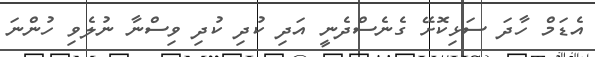
އެޑަމް ހާދަ ސަޅިކޮށޭ ގެނެސްދެނީ އަދި ކުދި ކުދި ވިސްނާ ނުލެވި ހުންނަ